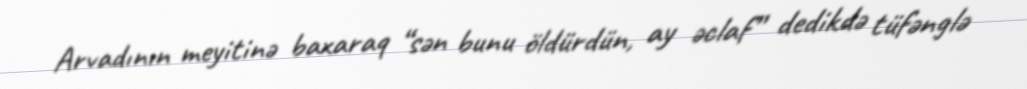
Arvadının meyitinə baxaraq “sən bunu öldürdün, ay əclaf” dedikdə tüfənglə